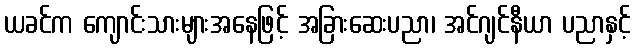
ယခင်က ကျောင်းသားများအနေဖြင့် အခြားဆေးပညာ၊ အင်ဂျင်နီယာ ပညာနှင့်